Insane asylums in Bengal annual reports 1876-1887 - 1876-1887
Year: 1876
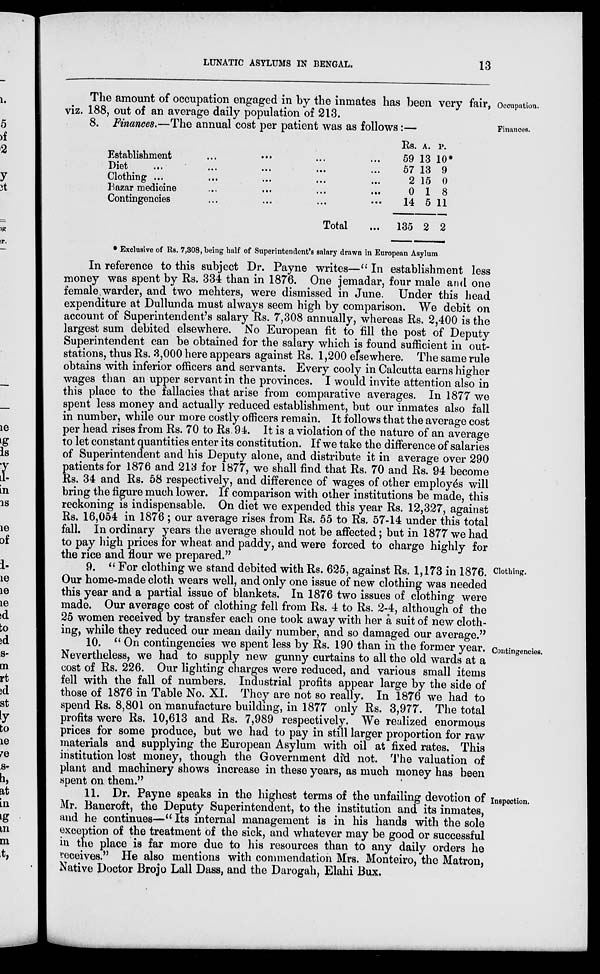
LUNATIC ASYLUMS IN BENGAL.
13
Occupation.
The amount of occupation engaged in by the inmates has been very fair,
viz. 188, out of an average daily population of 213.
Finances.
8. Finances.—The annual cost per patient was as follows:—
Establishment ... ... ... ...
Diet ... ... ... ... ...
Clothing ... ... ... ... ...
Bazar medicine
...
...
...
...
Contingencies ... ... ... ... ...
Total ...
Rs.
59
57
2
0
14
135
A.
13
13
15
1
5
2
P.
10*
9
0
8
11
2
* Exclusive of Rs. 7,308, being half of Superintendent's salary drawn in European Asylum.
In reference to this subject Dr. Payne writes—" In establishment less
money was spent by Rs. 334 than in 1876. One jemadar, four male and one
female warder, and two mehters, were dismissed in June. Under this head
expenditure at Dullunda must always seem high by comparison. We debit on
account of Superintendent's salary Rs. 7,308 annually, whereas Rs. 2,400 is the
largest sum debited elsewhere. No European fit to fill the post of Deputy
Superintendent can be obtained for the salary which is found sufficient in out-
stations, thus Rs. 3,000 here appears against Rs. 1,200 elsewhere. The same rule
obtains with inferior officers and servants. Every cooly in Calcutta earns higher
wages than an upper servant in the provinces. I would invite attention also in
this place to the fallacies that arise from comparative averages. In 1877 we
spent less money and actually reduced establishment, but our inmates also fall
in number, while our more costly officers remain. It follows that the average cost
per head rises from Rs. 70 to Rs. 94. It is a violation of the nature of an average
to let constant quantities enter its constitution. If we take the difference of salaries
of Superintendent and his Deputy alone, and distribute it in average over 290
patients for 1876 and 213 for 1877, we shall find that Rs. 70 and Rs. 94 become
Rs. 34 and Rs. 58 respectively, and difference of wages of other employés will
bring the figure much lower. If comparison with other institutions be made, this
reckoning is indispensable. On diet we expended this year Rs. 12,327, against
Rs. 16,054 in 1876 ; our average rises from Rs. 55 to Rs. 57-14 under this total
fall. In ordinary years the average should not be affected; but in 1877 we had
to pay high prices for wheat and paddy, and were forced to charge highly for
the rice and flour we prepared."
Clothing.
9. " For clothing we stand debited with Rs. 625, against Rs. 1,173 in 1876.
Our home-made cloth wears well, and only one issue of new clothing was needed
this year and a partial issue of blankets. In 1876 two issues of clothing were
made. Our average cost of clothing fell from Rs. 4 to Rs. 2-4, although of the
25 women received by transfer each one took away with her a suit of new cloth-
ing, while they reduced our mean daily number, and so damaged our average."
Contingencies.
10. "On contingencies we spent less by Rs. 190 than in the former year.
Nevertheless, we had to supply new gunny curtains to all the old wards at a
cost of Rs. 226. Our lighting charges were reduced, and various small items
fell with the fall of numbers. Industrial profits appear large by the side of
those of 1876 in Table No. XI. They are not so really. In 1876 we had to
spend Rs. 8,801 on manufacture building, in 1877 only Rs. 3,977. The total
profits were Rs. 10,613 and Rs. 7,989 respectively. We realized enormous
prices for some produce, but we had to pay in still larger proportion for raw
materials and supplying the European Asylum with oil at fixed rates. This
institution lost money, though the Government did not. The valuation of
plant and machinery shows increase in these years, as much money has been
spent on them."
Inspection.
11. Dr. Payne speaks in the highest terms of the unfailing devotion of
Mr. Bancroft, the Deputy Superintendent, to the institution and its inmates,
and he continues—"Its internal management is in his hands with the sole
exception of the treatment of the sick, and whatever may be good or successful
in the place is far more due to his resources than to any daily orders he
receives." He also mentions with commendation Mrs. Monteiro, the Matron,
Native Doctor Brojo Lall Dass, and the Darogah, Elahi Bux.